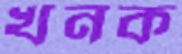
খনক